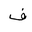
Letter: _fa